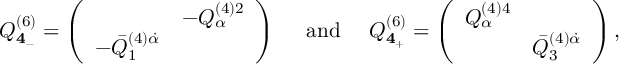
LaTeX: { \cal Q } _ { { \bf 4 } _ { - } } ^ { ( 6 ) } = \left( \begin{array} { c c } { { } } & { { - { \cal Q } _ { \alpha } ^ { ( 4 ) 2 } } } \\ { { - \bar { { \cal Q } } _ { 1 } ^ { ( 4 ) \dot { \alpha } } } } & { { } } \end{array} \right) \quad \mathrm { ~ a n d ~ } \quad { \cal Q } _ { { \bf 4 } _ { + } } ^ { ( 6 ) } = \left( \begin{array} { c c } { { { \cal Q } _ { \alpha } ^ { ( 4 ) 4 } } } & { { } } \\ { { } } & { { \bar { { \cal Q } } _ { 3 } ^ { ( 4 ) \dot { \alpha } } } } \end{array} \right) ,